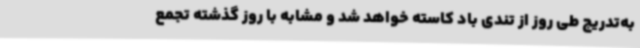
به‌تدریج طی روز از تندی باد کاسته خواهد شد و مشابه با روز گذشته تجمع